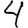
Digit: 4